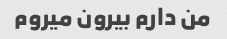
من دارم بیرون میروم